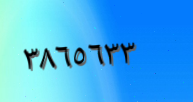
٣٨٦٥٦٣٣